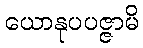
ယောနုပပဇ္ဇာမိ